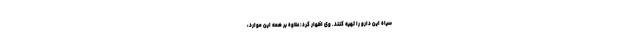
سیاه این دارو را تهیه کنند. وی اظهار کرد: علاوه بر همه این موارد،